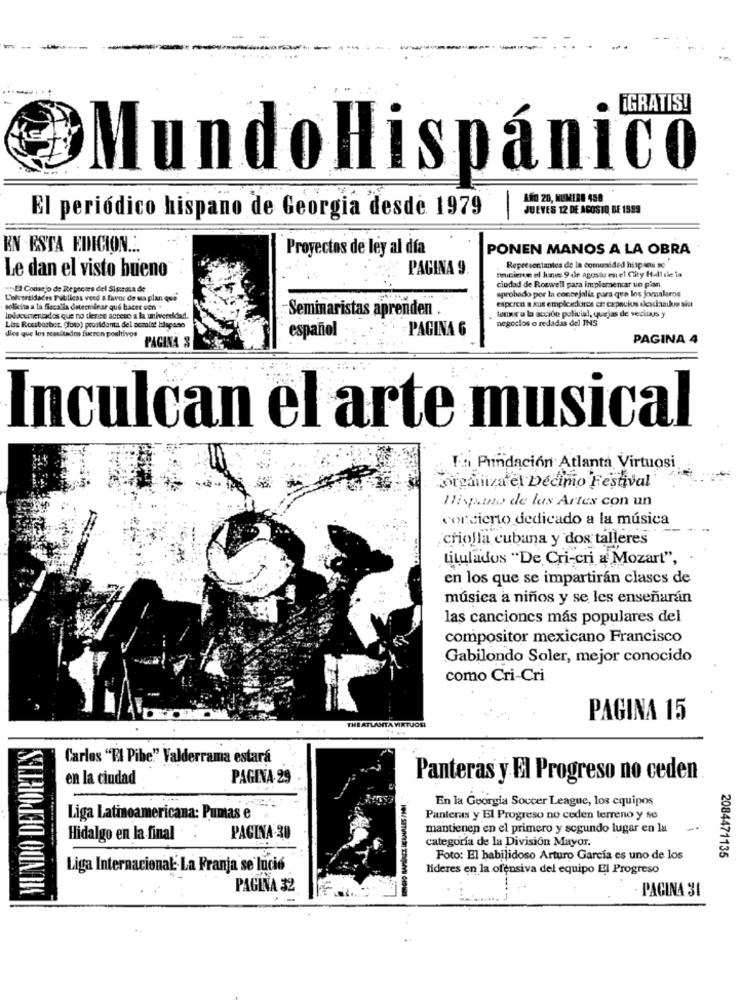
-
MundoHispánico
AND 20, MUMIRE 458
JUEVES 12 DE AGOSTO DE 1889
El periódico hispano de Georgia desde 1979
-
EN ESTA EDICION ...
Proyectos de ley al día
PONEN MANOS A LA OBRA
Le dan el visto bueno
PAGINA 9
Tuinierve el lunes 9 de agosto es el City Hall sie in
Representantes de la comunidad hispses se
"+ Consejo de Re sences del Sigcasa de
ciudad de Roswell para implementar un pian
aprobado por la concejalis para que los jornaleros
Universidades Públicas ved a favor de was plan qui
solicita a la fiscalla determinar que hacer con +
-Seminaristas aprenden .
esperen a sus empleadores en cepacios dexlaaus siat
ledocumentdos que no tienee acceso a la universidad
tomor a la acción policial, quejas de vecious y
negocios o redadas del INS
Lise Rossbarber. (foto) prosidenta del posalat hlaçane
español
PAGINA 6
dies que los resultados fueron positivos
PAGINA 3
PAGINA 4
Inculcan el arte musical
Ta Fundación Atlanta Virtuosi
organiza el Décimo Fe
o Festival
Hispano de las Artes con un
concierto dedicado a la música
criolla cubana y dos talleres
titulados "De Cri-cri a Mozart",
en los que se impartirán clases de
música a niños y se les enseñarán
las canciones más populares del
compositor mexicano Francisco
Gabilondo Soler, mejor conocido
como Cri-Cri
VIRTU
PAGINA 15
MUNDO DEPORTES
Carlos "El Pibe"" Valderrama estará
en la ciudad
PAGINA 29
Panteras y El Progreso no ceden
En la Georgia Soccer League, los equipos
Liga Latinoamericana: Pumas e
Panteras y El Progreso no ceden terreno y se
mantienen en el primero y segundo lugar en la
Hidalgo en la final
PAGINA-30
categoría de la División Mayor.
2084471135
Foto: El habilidoso Arturo Garcia es uno de los
Liga Internacional' La Franja se lució
lideres en la ofensiva del equipo El Progreso
PAGINA 32
PAGINA 31